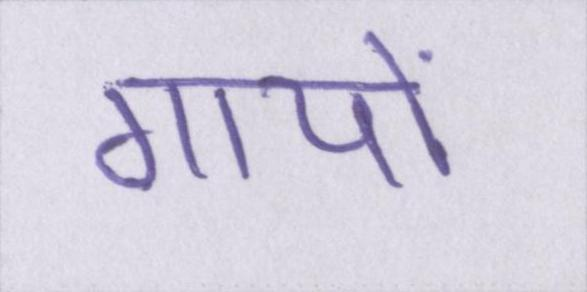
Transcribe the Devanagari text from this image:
गायों